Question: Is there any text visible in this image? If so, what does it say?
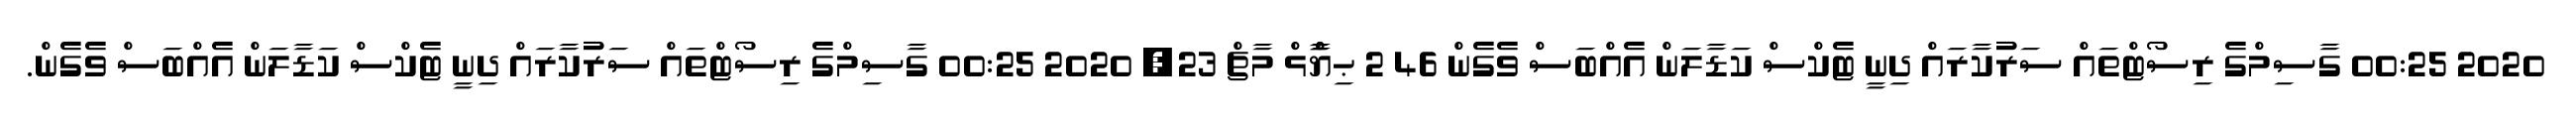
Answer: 2020 00:25 ގާސިމްގެ ރިސޯޓްތައް ސަރުކާރައް ދިނީ ޓެކްސް ކަޑާލަން އެއްބަސް ވެގެން 46 2 ޙިޔާާްްޅް މާޗް 23, 2020 00:25 ގާސިމްގެ ރިސޯޓްތައް ސަރުކާރައް ދިނީ ޓެކްސް ކަޑާލަން އެއްބަސް ވެގެން.